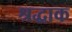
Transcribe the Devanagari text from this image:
श्रद्धाक